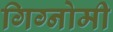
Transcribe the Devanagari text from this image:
गिग्नोमी